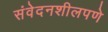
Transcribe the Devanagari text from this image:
संवेदनशीलपणे